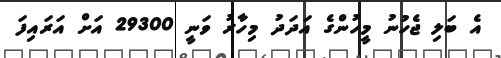
އެ ބަލި ޖެހުނު މީހުންގެ އަދަދު މިހާރު ވަނީ 29300 އަށް އަރައިފަ